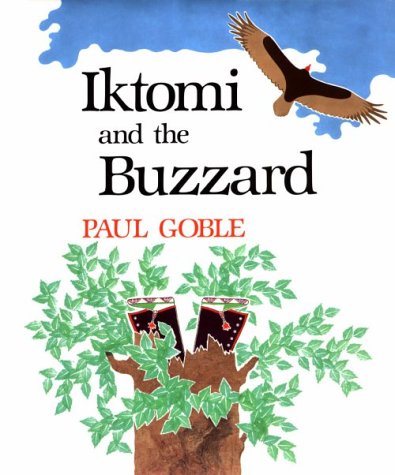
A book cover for Iktomi and the Buzzard: A Plains Indian Story; Paul Goble; Children's Books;